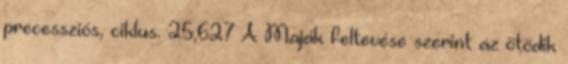
precessziós, ciklus. 25,627 A Maják feltevése szerint az ötödik